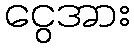
ငွေအား